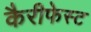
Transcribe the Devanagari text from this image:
कैरीफेस्ट